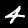
Label: 4